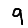
Digit: 9